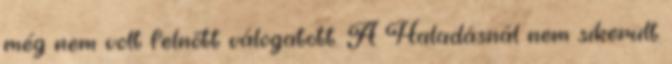
még nem volt felnőtt válogatott. A Haladásnál nem sikerült